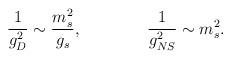
LaTeX: \begin{align*}\frac{1}{g_{D}^2}\sim \frac{m_s^2}{g_s},\qquad\qquad \frac{1}{g_{NS}^2}\sim m_s^2.\end{align*}